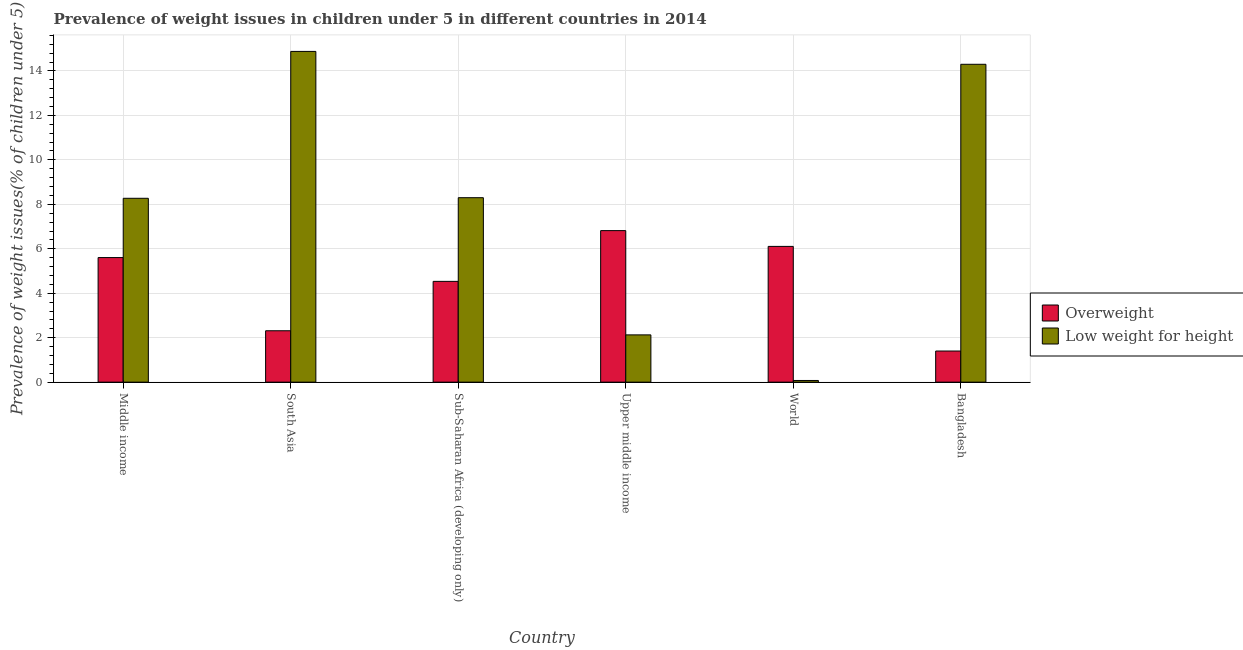
| Country | Overweight | Low weight for height |
 | --- | --- | --- |
 | Middle income | 5.6 | 8.27 |
 | South Asia | 2.31 | 14.9 |
 | Sub-Saharan Africa (developing only) | 4.53 | 8.3 |
 | Upper middle income | 6.82 | 2.13 |
 | World | 6.11 | 0.075 |
 | Bangladesh | 1.4 | 14.3 |